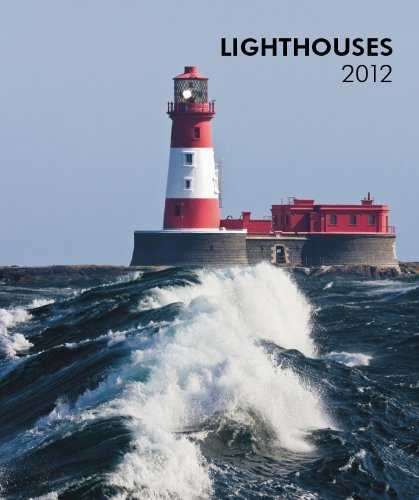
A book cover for Lighthouses 2012 Hardcover Weekly Engagement Calendar; BrownTrout Publishers Inc; Calendars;